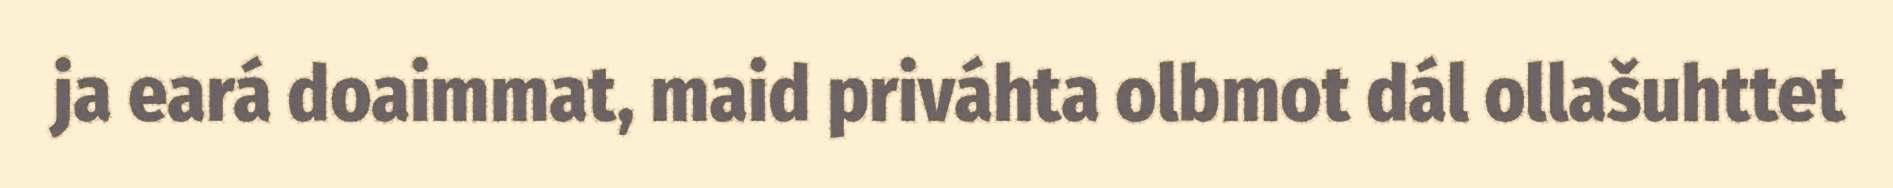
ja eará doaimmat, maid priváhta olbmot dál ollašuhttet